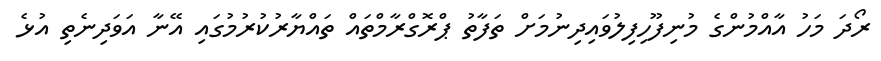
ރޯދަ މަހު އާއްމުންގެ މުނިފޫހިފިލުވައިދިނުމަށް ތަފާތު ޕްރޮގްރާމްތައް ތައްޔާރުކުރުމުގައި އޭނާ އަވަދިނެތި އުޅެ